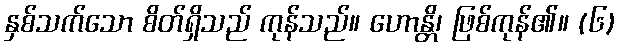
နှစ်သက်သော စိတ်ရှိသည် ကုန်သည်။ ဟောန္တိ၊ ဖြစ်ကုန်၏။ (၆)